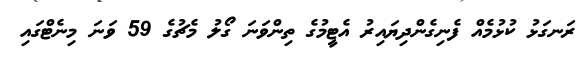
ރަނގަޅު ކުޅުމެއް ފެނިގެންދިޔައިރު އެޓީމުގެ ތިންވަނަ ގޯލު މެޗުގެ 59 ވަނަ މިނެޓްގައި